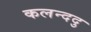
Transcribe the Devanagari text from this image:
कलन्ददु